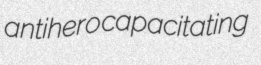
antihero capacitating